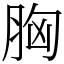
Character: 胸